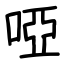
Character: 啞